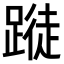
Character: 𨃝